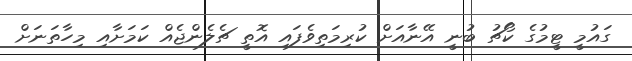
ގައުމީ ޓީމުގެ ކޯޗު ބުނީ އޭނާއަށް ކުރިމަތިވެފައި އޮތީ ޗެލެންޖެއް ކަމަށާއި މިހާތަނަށް